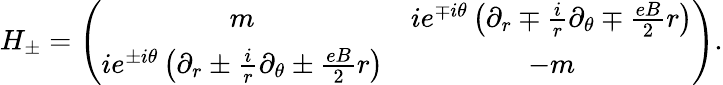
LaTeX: H_{\pm}=\left(\begin{array}{cc}{{m}}&{{ie^{\mp i\theta}\left(\partial_{r}\mp\frac{i}{r}\partial_{\theta}\mp\frac{eB}{2}r\right)}}\\ {{ie^{\pm i\theta}\left(\partial_{r}\pm\frac{i}{r}\partial_{\theta}\pm\frac{eB}{2}r\right)}}&{{-m}}\end{array}\right).